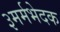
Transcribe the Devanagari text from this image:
३मर्मभेदक